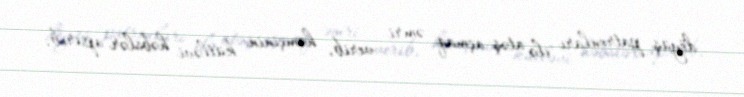
döyüş patronları ilə atəş açmaq əmri verib, həmçinin kütləvi həbslər aparıb,